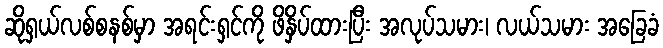
ဆိုရှယ်လစ်စနစ်မှာ အရင်းရှင်ကို ဖိနှိပ်ထားပြီး အလုပ်သမား၊ လယ်သမား အခြေခံ